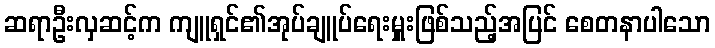
ဆရာဦးလှဆင့်က ကျူရှင်၏အုပ်ချူပ်ရေးမှူးဖြစ်သည့်အပြင် စေတနာပါသော